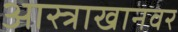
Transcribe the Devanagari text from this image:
आस्त्राखानवर